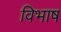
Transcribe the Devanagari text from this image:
विभाष